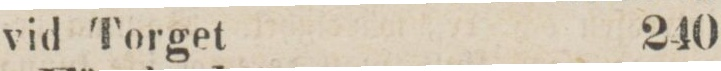
vid Torget    240